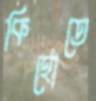
কিহোতে